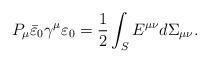
LaTeX: \begin{align*}P_{\mu}\bar{\varepsilon}_0\gamma^{\mu}\varepsilon_0={1\over 2}\int_SE^{\mu\nu}d\Sigma_{\mu\nu}.\end{align*}